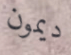
ديمون